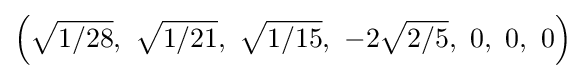
\left({\sqrt {1/28}},\ {\sqrt {1/21}},\ {\sqrt {1/15}},\ -2{\sqrt {2/5}},\ 0,\ 0,\ 0\right)